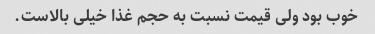
خوب بود ولی قیمت نسبت به حجم غذا خیلی بالاست.